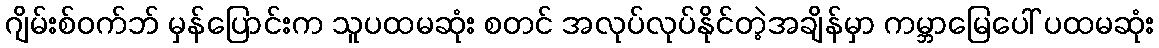
ဂျိမ်းစ်ဝက်ဘ် မှန်ပြောင်းက သူပထမဆုံး စတင် အလုပ်လုပ်နိုင်တဲ့အချိန်မှာ ကမ္ဘာမြေပေါ် ပထမဆုံး